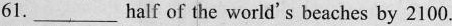
61 ___ half of the world's beaches by 2100.